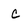
Character: C